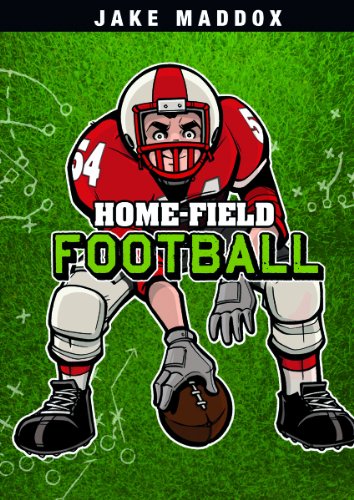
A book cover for Home-Field Football (Jake Maddox Sports Stories); Jake Maddox; Children's Books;